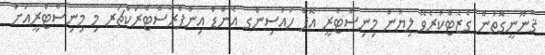
ޤާނޫނީގޮތުން ގެޒެޓްކުރެވޭ ލިޔުން މިނިސްޓްރީ އޮފް ހައުސިންގ އެންޑް އިންފްރާސްޓްރަކްޗަރ މި މިނިސްޓްރީއަށް